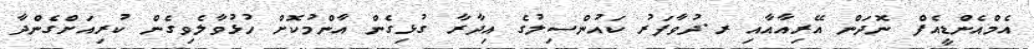
އެމްއެންޑީއެފް ނޮދަން އޭރިއާއާއި ރ.ދުވާފަރު ކައުންސިލުގެ އިދާރާ ގުޅިގެން އާންމުކޮށް ހުޅުވާލެވިގެން ކުރިއަށްގެންދާ